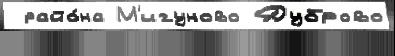
 райо́на М'игуново Дуброво